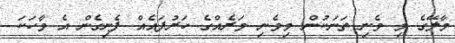
މާލޭގެ މި ވެނި ތަނަކުން މިވެނި ވަރެއްގެ ހަރުފައެއް ފެނިގެން އެ ވާހަކަ